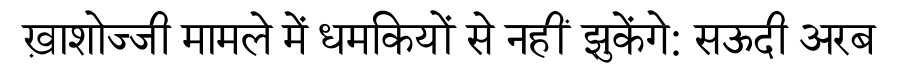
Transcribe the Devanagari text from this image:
ख़ाशोज्जी मामले में धमकियों से नहीं झुकेंगे: सऊदी अरब